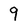
Character: 9